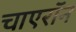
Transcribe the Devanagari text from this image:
चाएरॉन